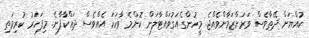
ކުއްޔަށް ދޭތާވެސް ވަރަށްޒަމާންވެއްޖެ. މީހުންގެއަގުވައްޓާލަން ކޮންމެ ވާހަކަ އެއްވެސް ދައްކާފާނެ. މިފަހަރު ކުރިމަތި